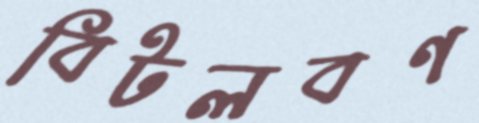
বিটলবণ